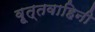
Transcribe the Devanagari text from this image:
वृ्त्तवाहिनी